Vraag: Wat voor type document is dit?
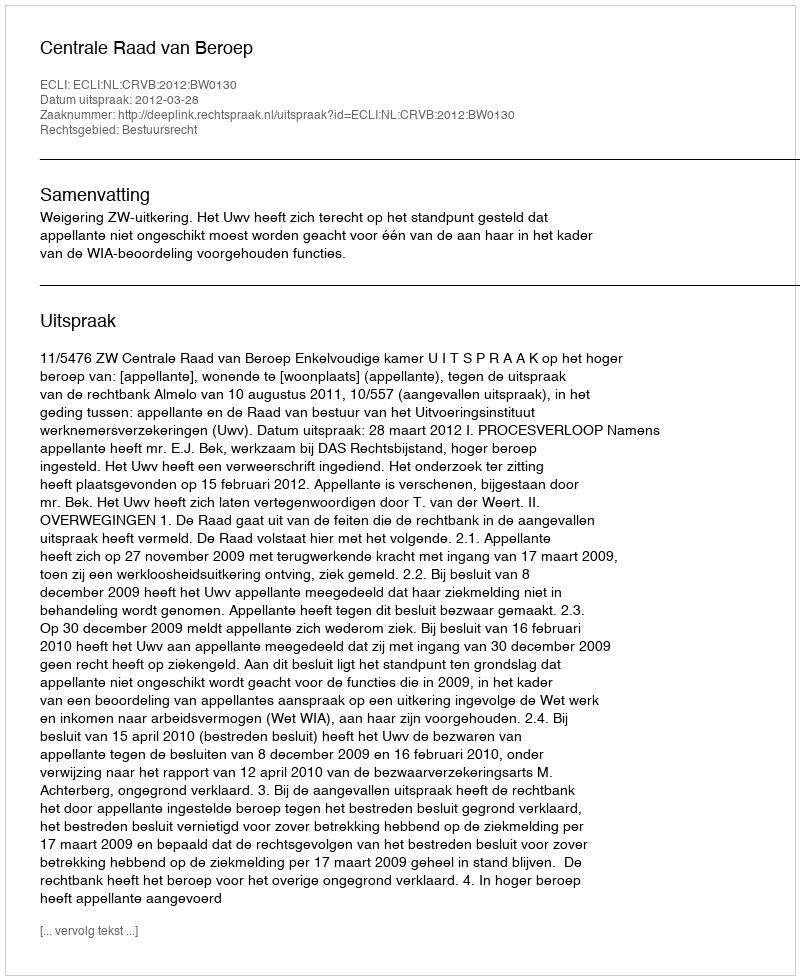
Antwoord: Uitspraak